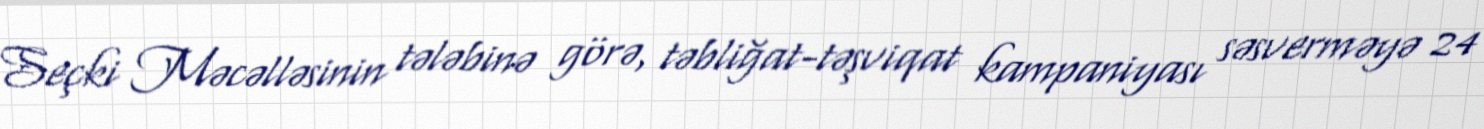
Seçki Məcəlləsinin tələbinə görə, təbliğat-təşviqat kampaniyası səsverməyə 24